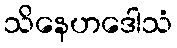
သိနေဟဒေါသံ